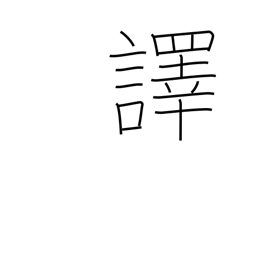
Meaning: translate